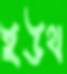
ইউথ